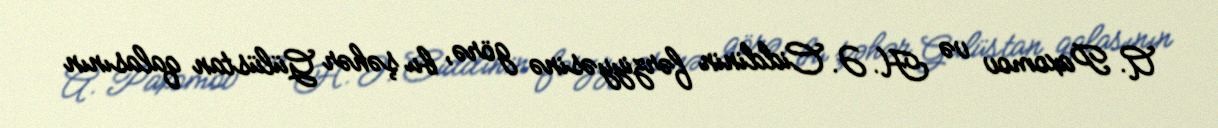
A. Paxomov və H. Ə. Ciddinin fərziyyəsinə görə, bu şəhər Gülüstan qalasının